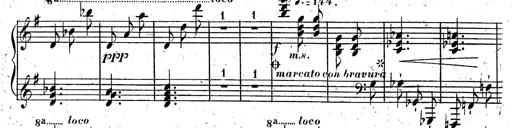
Title: Rondeau fantastique sur un thÃ¨me espagnol
Composer: Franz Liszt